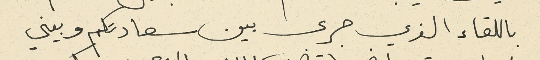
باللقاء الذي جرى بين سعادتكم وبيني